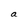
Character: a